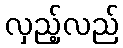
လှည့်လည်